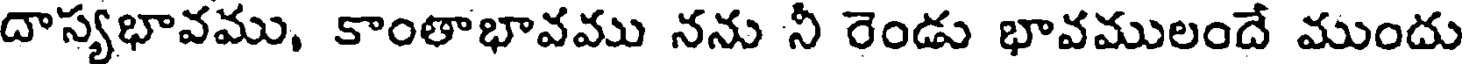
దాస్యభావము, కాంతాభావము నను నీ రెండు భావములందే ముందు